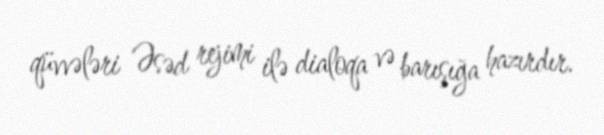
qüvvələri Əsəd rejimi ilə dialoqa və barışığa hazırdır.